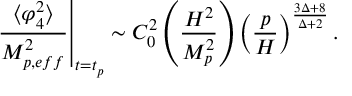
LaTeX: \left. \frac { \langle \varphi _ { 4 } ^ { 2 } \rangle } { M _ { p , e f f } ^ { 2 } } \right\vert _ { t = t _ { p } } \sim C _ { 0 } ^ { 2 } \left( \frac { H ^ { 2 } } { M _ { p } ^ { 2 } } \right) \left( \frac { p } { H } \right) ^ { \frac { 3 \Delta + 8 } { \Delta + 2 } } .